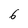
Character: 6